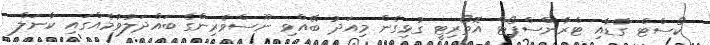
ކޯސްޓް ގާޑާއި ޓްރާންސްޕޯޓް އޮތޯރިޓީ ގުޅިގެން މިއަދު ބޭއްވި ނޫސްވެރިންގެ ބައްދަލުވުމެއްގައި ކާނަލް